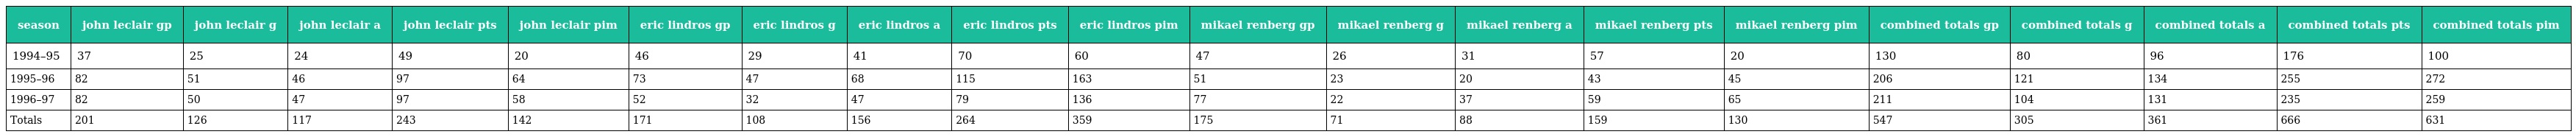
| season | john leclair gp | john leclair g | john leclair a | john leclair pts | john leclair pim | eric lindros gp | eric lindros g | eric lindros a | eric lindros pts | eric lindros pim | mikael renberg gp | mikael renberg g | mikael renberg a | mikael renberg pts | mikael renberg pim | combined totals gp | combined totals g | combined totals a | combined totals pts | combined totals pim |
 | --- | --- | --- | --- | --- | --- | --- | --- | --- | --- | --- | --- | --- | --- | --- | --- | --- | --- | --- | --- | --- |
 | 1994–95 | 37 | 25 | 24 | 49 | 20 | 46 | 29 | 41 | 70 | 60 | 47 | 26 | 31 | 57 | 20 | 130 | 80 | 96 | 176 | 100 |
 | 1995–96 | 82 | 51 | 46 | 97 | 64 | 73 | 47 | 68 | 115 | 163 | 51 | 23 | 20 | 43 | 45 | 206 | 121 | 134 | 255 | 272 |
 | 1996–97 | 82 | 50 | 47 | 97 | 58 | 52 | 32 | 47 | 79 | 136 | 77 | 22 | 37 | 59 | 65 | 211 | 104 | 131 | 235 | 259 |
 | Totals | 201 | 126 | 117 | 243 | 142 | 171 | 108 | 156 | 264 | 359 | 175 | 71 | 88 | 159 | 130 | 547 | 305 | 361 | 666 | 631 |